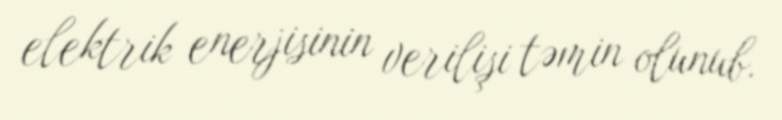
elektrik enerjisinin verilişi təmin olunub.